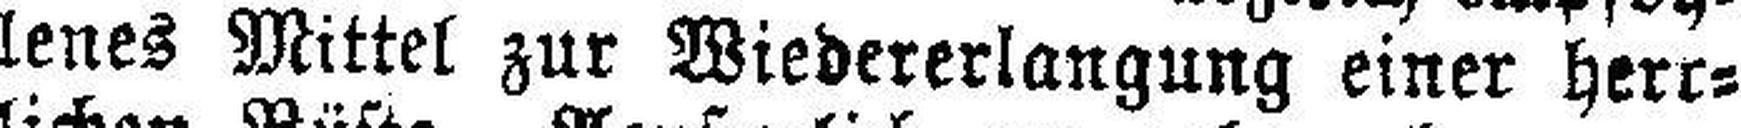
lenes Mittel zur Wiedererlangung einer herr¬